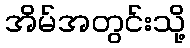
အိမ်အတွင်းသို့